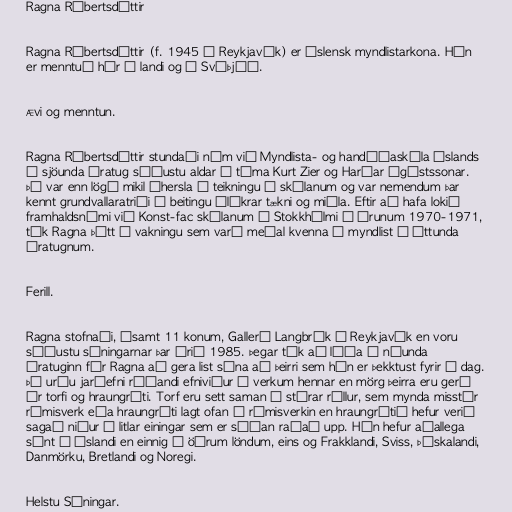
Ragna Róbertsdóttir

Ragna Róbertsdóttir (f. 1945 í Reykjavík) er íslensk myndlistarkona. Hún
er menntuð hér á landi og í Svíþjóð.

Ævi og menntun.

Ragna Róbertsdóttir stundaði nám við Myndlista- og handíðaskóla Íslands
á sjöunda áratug síðustu aldar á tíma Kurt Zier og Harðar Ágústssonar.
Þá var enn lögð mikil áhersla á teikningu í skólanum og var nemendum þar
kennt grundvallaratriði í beitingu ólíkrar tækni og miðla. Eftir að hafa lokið
framhaldsnámi við Konst-fac skólanum í Stokkhólmi á árunum 1970-1971,
tók Ragna þátt í vakningu sem varð meðal kvenna í myndlist á áttunda
áratugnum.

Ferill.

Ragna stofnaði, ásamt 11 konum, Gallerí Langbrók í Reykjavík en voru
síðustu sýningarnar þar árið 1985. Þegar tók að líða á níunda
áratuginn fór Ragna að gera list sína að þeirri sem hún er þekktust fyrir í dag.
Þá urðu jarðefni ráðandi efniviður í verkum hennar en mörg þeirra eru gerð
úr torfi og hraungrýti. Torf eru sett saman í stórar rúllur, sem mynda misstór
rýmisverk eða hraungrýti lagt ofan á rýmisverkin en hraungrýtið hefur verið
sagað niður í litlar einingar sem er síðan raðað upp. Hún hefur aðallega
sýnt á Íslandi en einnig í öðrum löndum, eins og Frakklandi, Sviss, Þýskalandi,
Danmörku, Bretlandi og Noregi.

Helstu Sýningar.